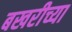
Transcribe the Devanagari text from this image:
बखरीच्या